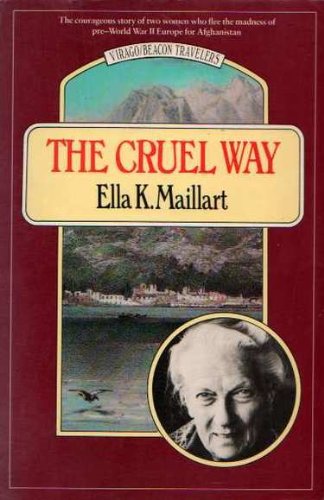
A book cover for The Cruel Way (Virago/Beacon Travelers); Ella K. Maillart; Travel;